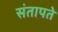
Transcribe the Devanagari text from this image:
संतापते